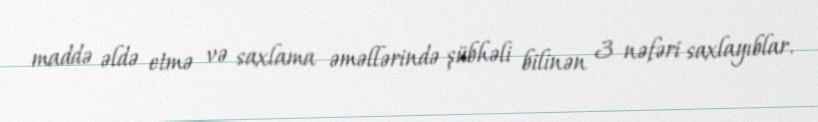
maddə əldə etmə və saxlama əməllərində şübhəli bilinən 3 nəfəri saxlayıblar.